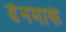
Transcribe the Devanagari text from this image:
डेेनमार्क